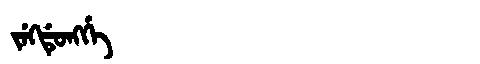
Manchu: ᠵᡝᡴᡩᡠᠩᡤᡝ
Romanization: JEKDUNGGE